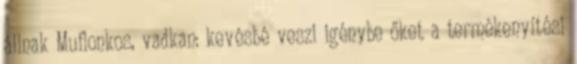
állnak Muflonkos, vadkan: kevésbé veszi igénybe őket a termékenyítési